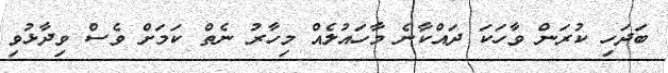
ބަދަހި ކުރަން ވާހަކަ ދައްކާނެ މާހައުލެއް މިހާރު ނެތް ކަމަށް ވެސް ވިދާޅުވި